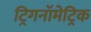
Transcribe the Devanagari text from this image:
ट्रिगनॉमेट्रिक